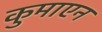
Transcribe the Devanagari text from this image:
कुमाएन